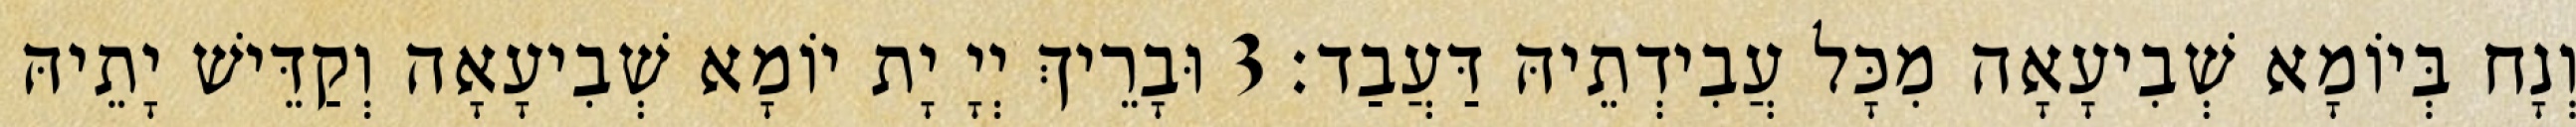
וְנָח בְּיוֹמָא שְׁבִיעָאָה מִכָּל עֲבִידְתֵיהּ דַּעֲבַד׃ 3 וּבָרֵיךְ יְיָ יָת יוֹמָא שְׁבִיעָאָה וְקַדֵּישׁ יָתֵיהּ